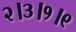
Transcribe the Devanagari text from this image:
२।३।१।९